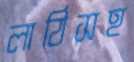
লাঠিসহ